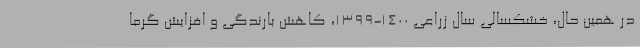
در همین حال، خشکسالی سال زراعی ۱۴۰۰-۱۳۹۹، کاهش بارندگی و افزایش گرما